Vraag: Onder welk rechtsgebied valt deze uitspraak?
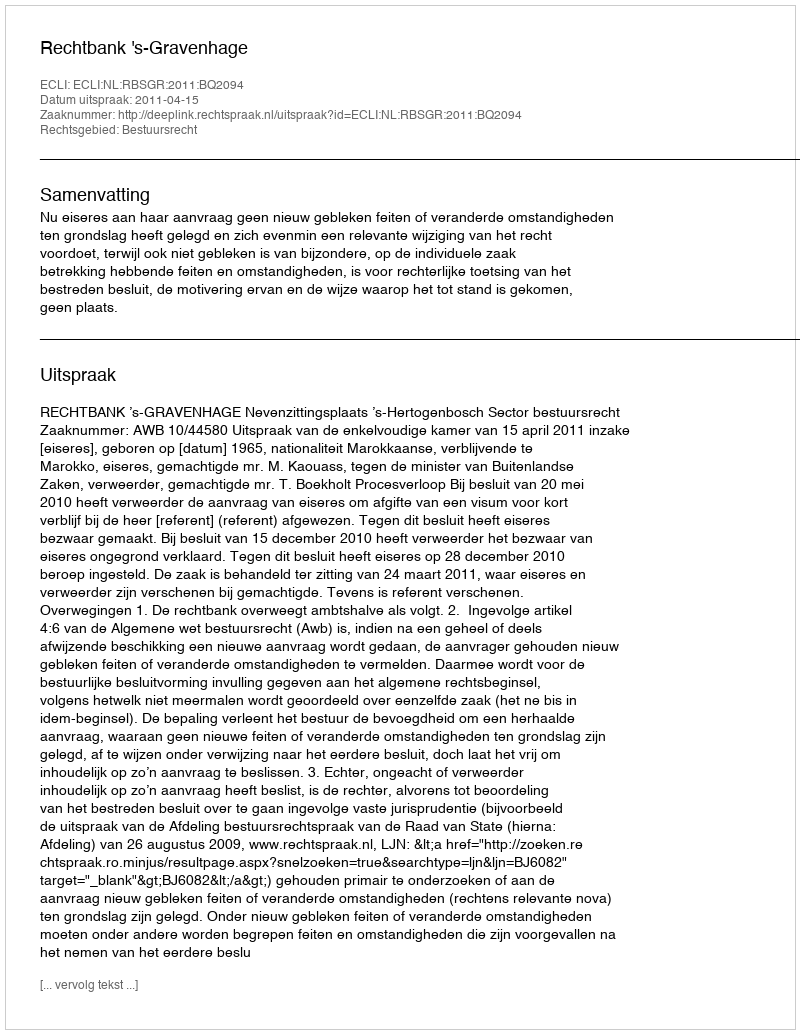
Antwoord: Bestuursrecht